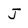
Character: J